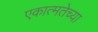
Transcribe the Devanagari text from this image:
एकात्मतेच्या